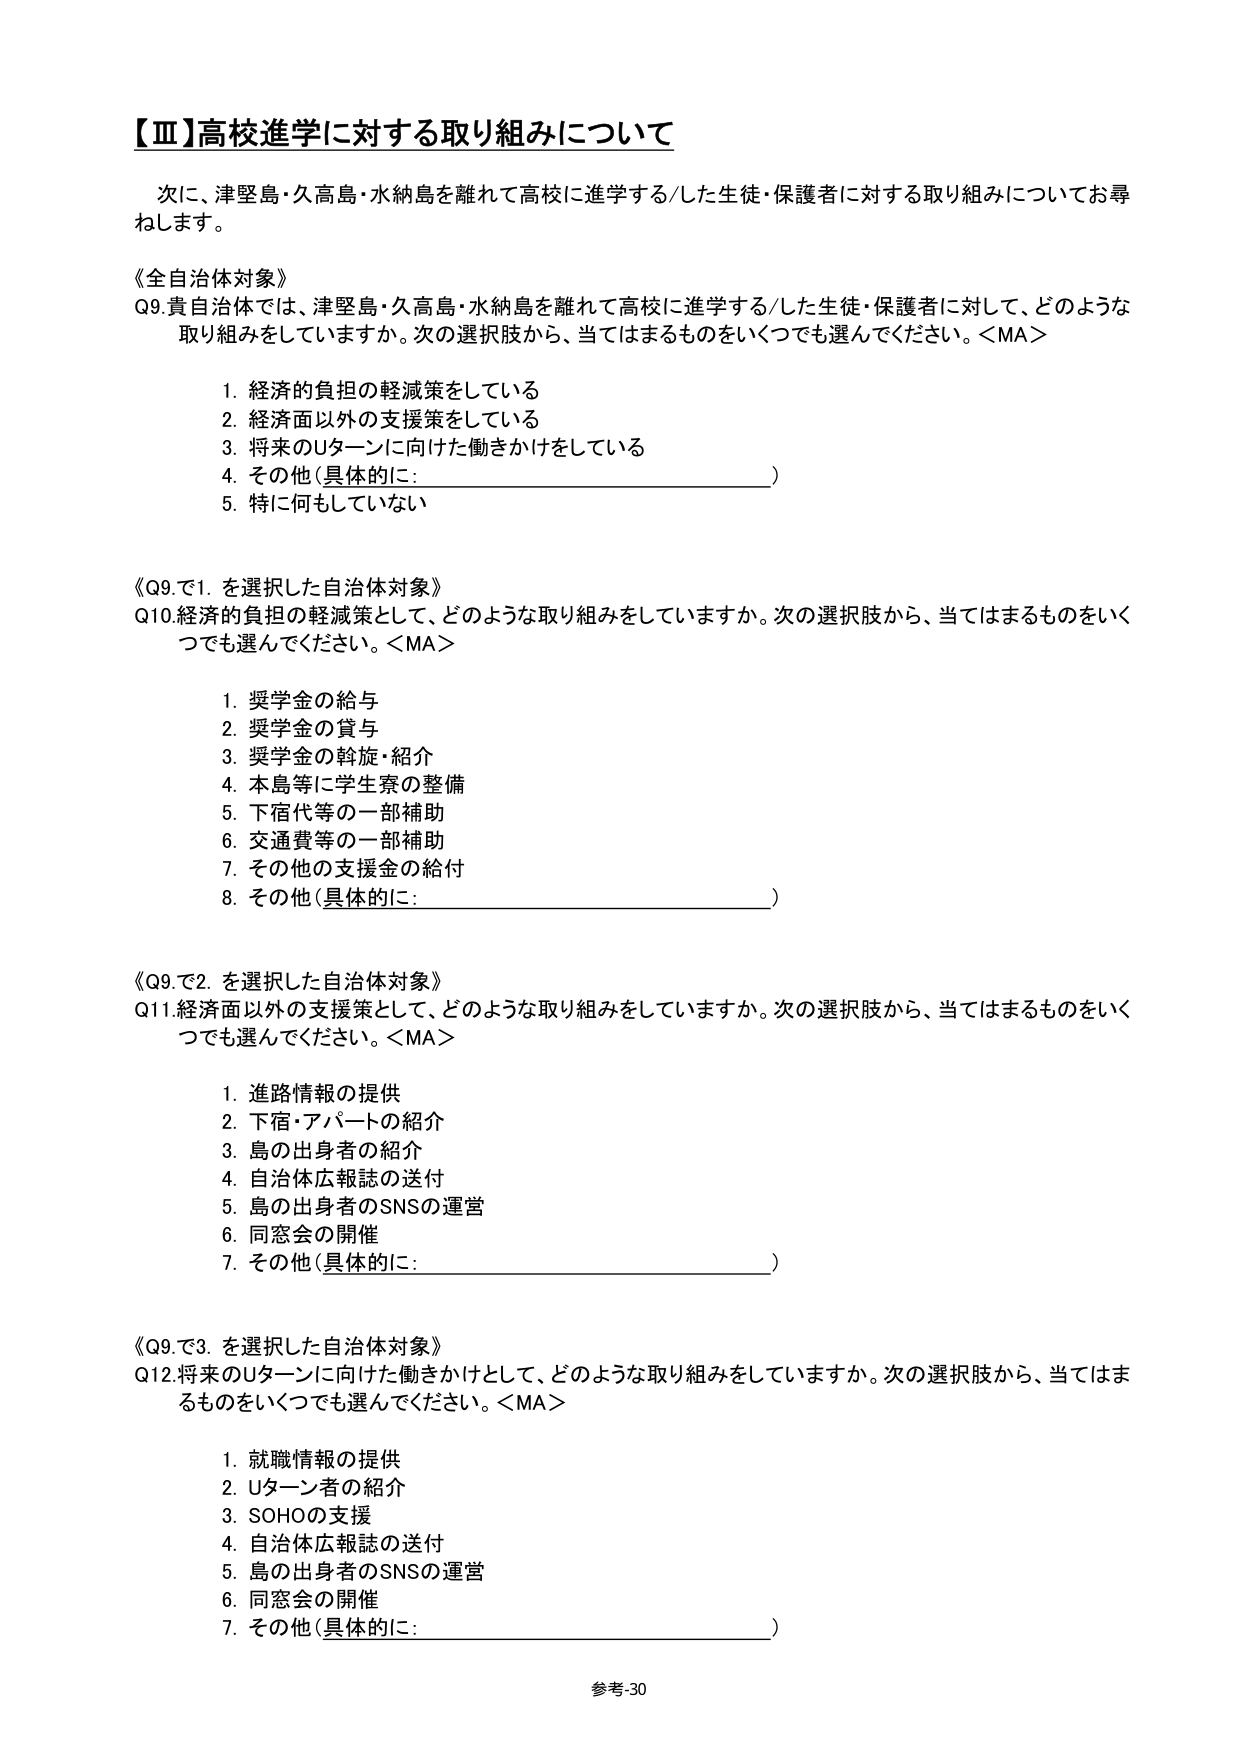
【Ⅲ】高校進学に対する取り組みについて

次に、津堅島・久高島・水納島を離れて高校に進学する/した生徒・保護者に対する取り組みについてお尋ねします。

《全自治体対象》
Q9.貴自治体では、津堅島・久高島・水納島を離れて高校に進学する/した生徒・保護者に対して、どのような取り組みをしていますか。次の選択肢から、当てはまるものをいくつでも選んでください。＜MA＞

1. 経済的負担の軽減策をしている
2. 経済面以外の支援策をしている
3. 将来のUターンに向けた働きかけをしている
4. その他（具体的に：________________________）
5. 特に何もしていない

《Q9.で1.を選択した自治体対象》
Q10.経済的負担の軽減策として、どのような取り組みをしていますか。次の選択肢から、当てはまるものをいくつでも選んでください。＜MA＞

1. 奨学金の給与
2. 奨学金の貸与
3. 奨学金の斡旋・紹介
4. 本島等に学生寮の整備
5. 下宿代等の一部補助
6. 交通費等の一部補助
7. その他の支援金の給付
8. その他（具体的に：________________________）

《Q9.で2.を選択した自治体対象》
Q11.経済面以外の支援策として、どのような取り組みをしていますか。次の選択肢から、当てはまるものをいくつでも選んでください。＜MA＞

1. 進路情報の提供
2. 下宿・アパートの紹介
3. 島の出身者の紹介
4. 自治体広報誌の送付
5. 島の出身者のSNSの運営
6. 同窓会の開催
7. その他（具体的に：________________________）

《Q9.で3.を選択した自治体対象》
Q12.将来のUターンに向けた働きかけとして、どのような取り組みをしていますか。次の選択肢から、当てはまるものをいくつでも選んでください。＜MA＞

1. 就職情報の提供
2. Uターン者の紹介
3. SOHOの支援
4. 自治体広報誌の送付
5. 島の出身者のSNSの運営
6. 同窓会の開催
7. その他（具体的に：________________________）

参考-30